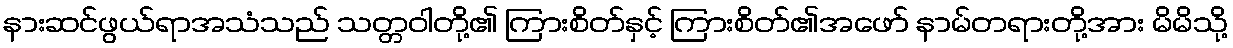
နားဆင်ဖွယ်ရာအသံသည် သတ္တဝါတို့၏ ကြားစိတ်နှင့် ကြားစိတ်၏အဖော် နာမ်တရားတို့အား မိမိသို့